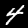
Label: 4